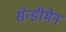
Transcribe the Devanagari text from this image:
सेन्डीमेन